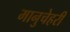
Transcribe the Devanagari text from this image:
मानुचेहरी